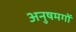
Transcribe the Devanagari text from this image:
अनुषमगों